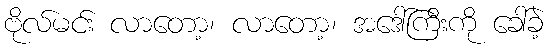
ဗိုလ်မင်း လာတော့၊ လာတော့၊ အဒေါ်ကြီးကို ခေါ်ခဲ့